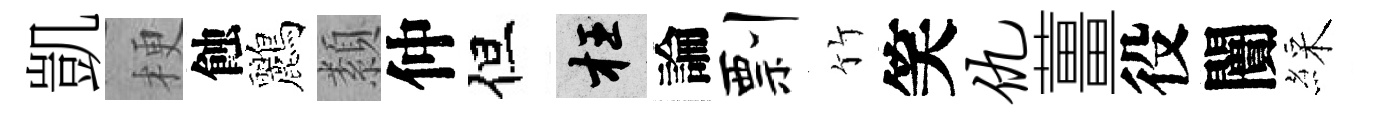
凱梗蝕鸝纇仲但枉論剽竹笑仇薑役闠綵